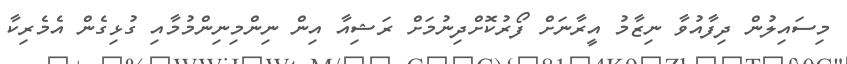
މިސައިލުން ދިފާއުވާ ނިޒާމު އީރާނަށް ފޯރުކޮށްދިނުމަށް ރަޝިއާ އިން ނިންމިނިންމުމާއި ގުޅިގެން އެމެރިކާ